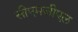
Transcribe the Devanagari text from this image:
सीएमजीएल